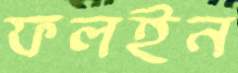
ফলইন